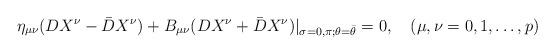
LaTeX: \begin{align*}\eta _{\mu \nu }(DX^\nu - \bar{D}X^\nu)+B_{\mu \nu }(DX^\nu + \bar{D}X^\nu)|_{\sigma =0,\pi ; \theta=\bar{\theta }}=0, \quad (\mu ,\nu = 0,1,\ldots ,p)\end{align*}